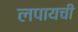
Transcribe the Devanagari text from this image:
लपायची